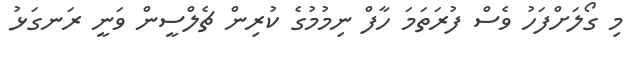
މި ގޯލަށްފަހު ވެސް ފުރަތަމަ ހާފް ނިމުމުގެ ކުރިން ޗެލްސީން ވަނީ ރަނގަޅު